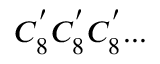
C _ { 8 } ^ { ' } C _ { 8 } ^ { ' } C _ { 8 } ^ { ' } . . .